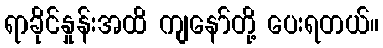
ရာခိုင်နှုန်းအထိ ကျနော်တို့ ပေးရတယ်။